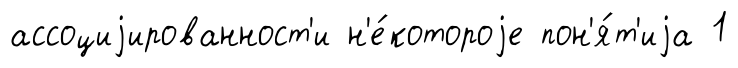
ассоциjированност'и н'е́котороjе пон'я́т'иjа 1